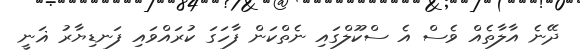
ދޭނެ އާލާތެއް ވެސް އެ ސްކޫލްގައި ނެތްކަން ފާހަގަ ކުރައްވައި ފަނޑިޔާރު ޣަނީ